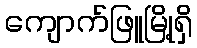
ကျောက်ဖြူမြို့ရှိ